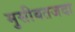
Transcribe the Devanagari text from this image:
मुसीबतजदा